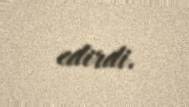
edirdi.